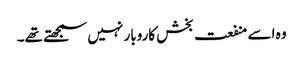
وہ اسے منفعت بخش کاروبار نہیں سمجھتے تھے۔